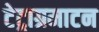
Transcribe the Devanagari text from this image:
टेट्राग्रमाटन